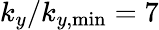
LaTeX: k_{y}/k_{y,\mathrm{min}}=7